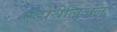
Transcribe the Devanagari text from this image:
एंडोथेलिअल